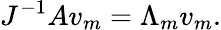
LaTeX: J^{-1}Av_{m}=\Lambda_{m}v_{m}.